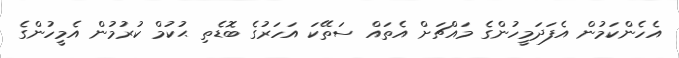
އެހެންކަމުން އެފަދަމީހުންގެ މައްޗަށް އެތައް ސަތޭކަ އަހަރުގެ ބޮޑެތި ޙުކުމް ކުރުމުން އެމީހުންގެ